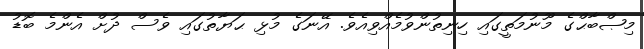
މިޞްބާޙްގެ މޫނުމަތީގައި ހިނިތުންވުމެއްވިއެވެ. އޭނަގެ މުޅި ޙަޔާތުގައި ވެސް ދުށް އެންމެ ބޮޑު